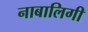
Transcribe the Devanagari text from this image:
नाबालिगी